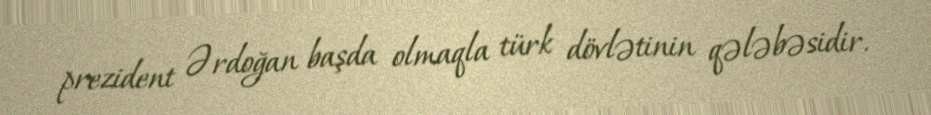
prezident Ərdoğan başda olmaqla türk dövlətinin qələbəsidir.